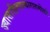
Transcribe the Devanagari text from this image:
ज्यासाहित्यप्रकारातमोडते